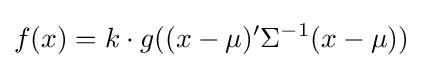
f(x)=k\cdot g((x-\mu )'\Sigma ^{-1}(x-\mu ))